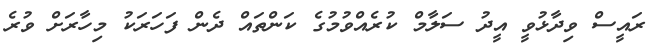
ރައީސް ވިދާޅުވީ އީދު ސަލާމް ކުރެއްވުމުގެ ކަންތައް ދެން ފަހަރަކު މިހާރަށް ވުރެ